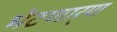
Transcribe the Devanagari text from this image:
भेटणार्‍या